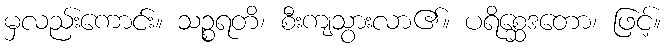
မှလည်းကောင်း။ သဉ္စရတိ၊ စီးကျသွားလာ၏။ ပရိစ္ဆေဒတော၊ ဖြင့်။